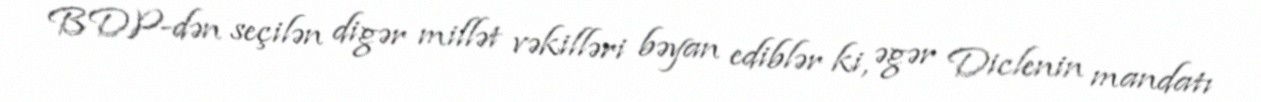
BDP-dən seçilən digər millət vəkilləri bəyan ediblər ki, əgər Diclenin mandatı